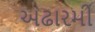
અઢારમી